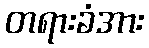
တရားခံအား